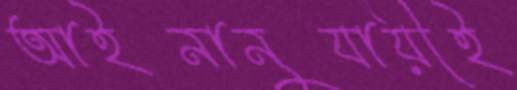
আইনানুযায়ীই